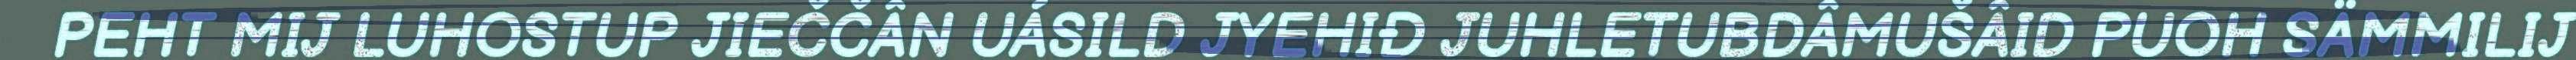
PEHT MIJ LUHOSTUP JIEČČÂN UÁSILD JYEHIĐ JUHLETUBDÂMUŠÂID PUOH SÄMMILIJ